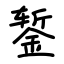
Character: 錾